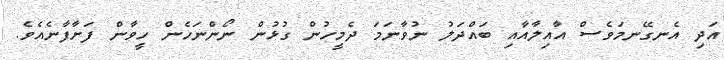
އަދި އެނގޭނމަވެސް އާއިލާއާއި ބައްދަލު ނުވާނަމަ ދެމީހުން ގުޅުން ނޯންނަހެން ހީވާން ފަށާފާނެއެވެ.